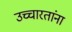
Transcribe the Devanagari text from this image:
उच्चारतांना